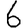
Digit: 6